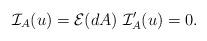
LaTeX: \begin{align*} \mathcal{I}_A (u) = \mathcal{E} (dA) \ \mathcal{I}_A' (u) = 0.\end{align*}